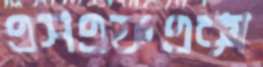
এসএফএক্স